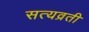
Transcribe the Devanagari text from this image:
सत्यव्रती